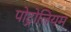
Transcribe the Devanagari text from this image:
पोट्रोलियम